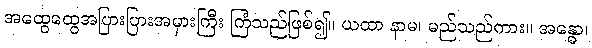
အထွေထွေအပြားပြားအမှားကြီး ကြံသည်ဖြစ်၍။ ယထာ နာမ၊ မည်သည်ကား။ အန္ဓော၊